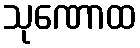
သုဏောထ